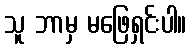
သူ ဘာမှ မဖြေရှင်းပါ။